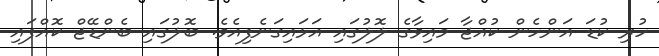
ހުރި ކުޑަ އަންހެން ކުއްޖާ މައިވާގެ ލޮލުގައި އަޅައިގަނެފިއެވެ. ބޮލުގައި ބެންޑޭޖް ކޮއްފައި